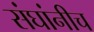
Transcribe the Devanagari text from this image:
संघांनीच